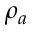
\rho _ { a }